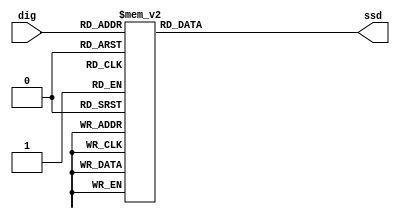
`timescale 1ns / 1ps
//////////////////////////////////////////////////////////////////////////////////
// Company: 
// Engineer: 
// 
// Design Name: 
// Module Name: display
// Project Name: 
// Target Devices: 
// Tool Versions: 
// Description: 
// 
// Dependencies: 
// 
// Revision:
// Revision 0.01 - File Created
// Additional Comments:
// 
//////////////////////////////////////////////////////////////////////////////////


`define SS_0 8'b00000011
`define SS_1 8'b10011111
`define SS_2 8'b00100101
`define SS_3 8'b00001101
`define SS_4 8'b10011001
`define SS_5 8'b01001001
`define SS_6 8'b01000001
`define SS_7 8'b00011111
`define SS_8 8'b00000001
`define SS_9 8'b00001001

module display(dig,
               ssd          
);

input [3:0] dig;
output [7:0] ssd;

reg [7:0] ssd;

always @ (*) begin
    case (dig)
        4'd0: ssd = `SS_0;
        4'd1: ssd = `SS_1;
        4'd2: ssd = `SS_2;
        4'd3: ssd = `SS_3;
        4'd4: ssd = `SS_4;
        4'd5: ssd = `SS_5;
        4'd6: ssd = `SS_6;
        4'd7: ssd = `SS_7;
        4'd8: ssd = `SS_8;
        4'd9: ssd = `SS_9;
        default: ssd = 8'b01110001;
    endcase
end

endmodule